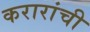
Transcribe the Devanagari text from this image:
करारांची